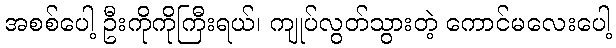
အစစ်ပေါ့ ဦးကိုကိုကြီးရယ်၊ ကျုပ်လွတ်သွားတဲ့ ကောင်မလေးပေါ့